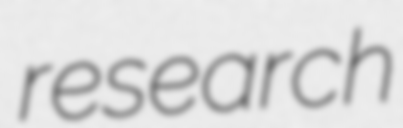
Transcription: research